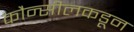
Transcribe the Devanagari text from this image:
कौन्सीलकडून